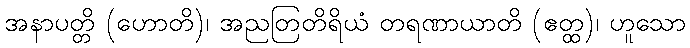
အနာပတ္တိ (ဟောတိ)၊ အညတြတိရိယံ တရဏာယာတိ (ဧတ္ထ)၊ ဟူသော